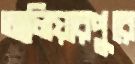
আলিয়ারপুরে